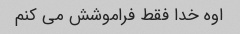
اوه خدا فقط فراموشش می کنم